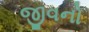
જીવનો